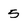
Character: 5